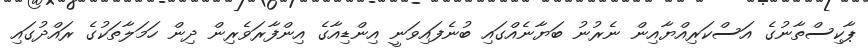
ޕާކިސްތާނުގެ އަސްކަރިއްޔާއިން ނެރުނު ބަޔާނެއްގައި ބުނެފައިވަނީ އިންޑިއާގެ އިންފާރަވެރިން ދިން ހަމަލާތަކުގެ ރައްދުގައި